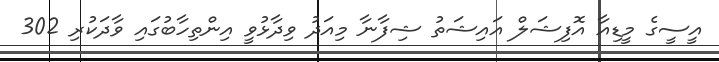
އީސީގެ މީޑިއާ އޮފިޝަލް އައިޝަތު ޝިފާނާ މިއަދު ވިދާޅުވީ އިންތިހާބުގައި ވާދަކުރި 302